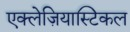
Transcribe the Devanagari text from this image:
एक्लेज़ियास्टिकल